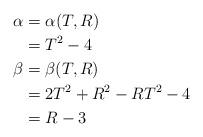
LaTeX: \begin{align*}\alpha &= \alpha(T, R) \\&= T^2 - 4 \\\beta &= \beta(T, R) \\&= 2 T^2 + R^2 - R T^2 - 4 \\&= R - 3\end{align*}